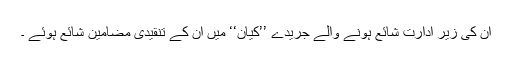
ان کی زیر ادارت شائع ہونے والے جریدے ’’کیان‘‘ میں ان کے تنقیدی مضامین شائع ہوئے ۔